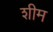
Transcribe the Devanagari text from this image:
शीम